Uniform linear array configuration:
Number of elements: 16
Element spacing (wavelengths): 1
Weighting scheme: hann
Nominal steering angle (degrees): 0
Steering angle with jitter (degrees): -0.548
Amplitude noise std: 0.05
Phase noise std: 0.05

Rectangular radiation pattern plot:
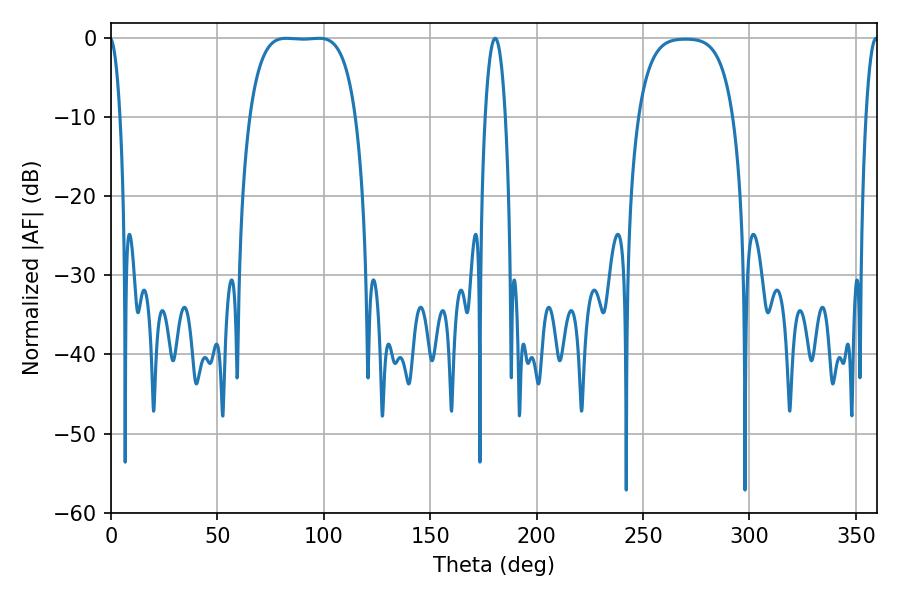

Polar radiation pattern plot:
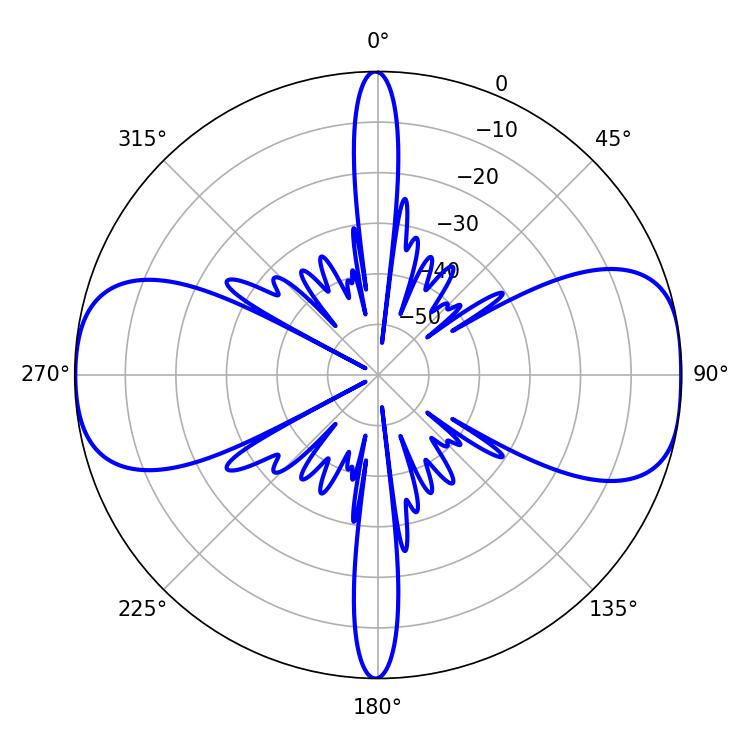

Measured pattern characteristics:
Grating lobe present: TRUE
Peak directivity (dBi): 12.049
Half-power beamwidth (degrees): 38.52
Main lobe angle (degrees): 82.26